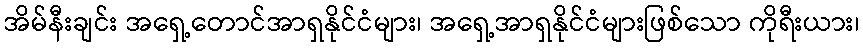
အိမ်နီးချင်း အရှေ့တောင်အာရှနိုင်ငံများ၊ အရှေ့အာရှနိုင်ငံများဖြစ်သော ကိုရီးယား၊